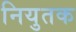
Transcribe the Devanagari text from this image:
नियुतक